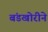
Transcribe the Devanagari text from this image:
बंडखोरीने